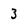
Character: 3